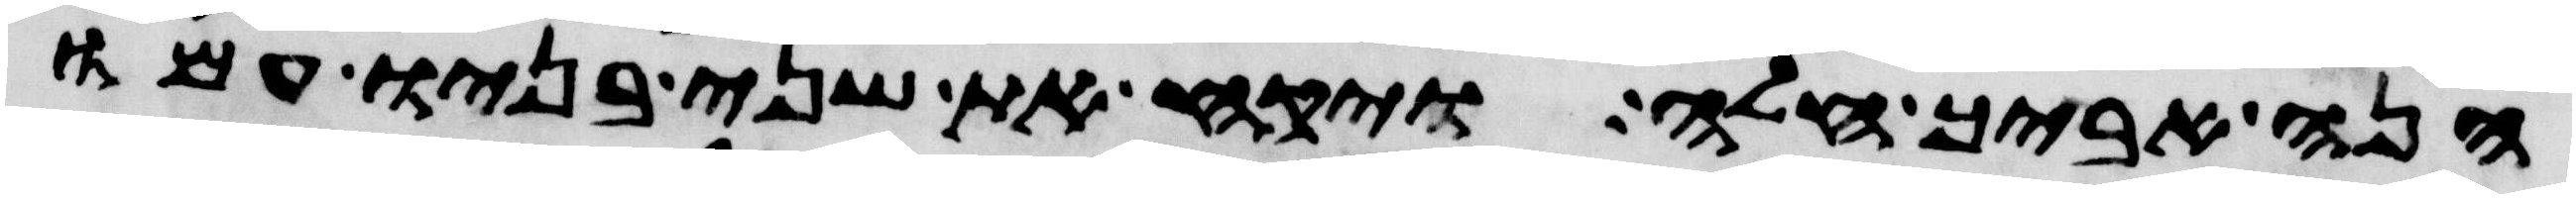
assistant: הנה אביך חלה ויקח את שני בניו עמו